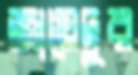
জায়েদুর